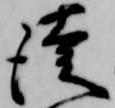
徒